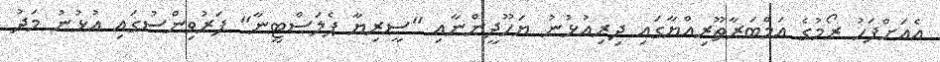
އެއަށްފަހު ރޯމުގެ އަމްބަރާޠޫރިއްޔާގައި ދިރިއުޅުނު ޔަހޫދީންނާއި "ސީރިޔާ ޕެލަސްޓީނާ" ފަރުވިންސުގައި އުޅުނު މަދު